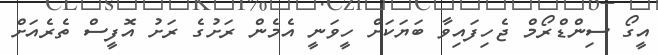
އީގޯ ސިންްޑްރޯމް ޖެހިފައިވާ ބަޔަކަށް ހީވަނީ އެމެން ރަށުގެ ރަށު އޮފީސް ތެރެއަށް